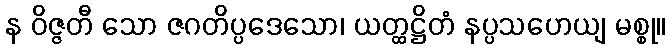
န ဝိဇ္ဇတီ သော ဇဂတိပ္ပဒေသော၊ ယတ္ထဋ္ဌိတံ နပ္ပသဟေယျ မစ္စု။